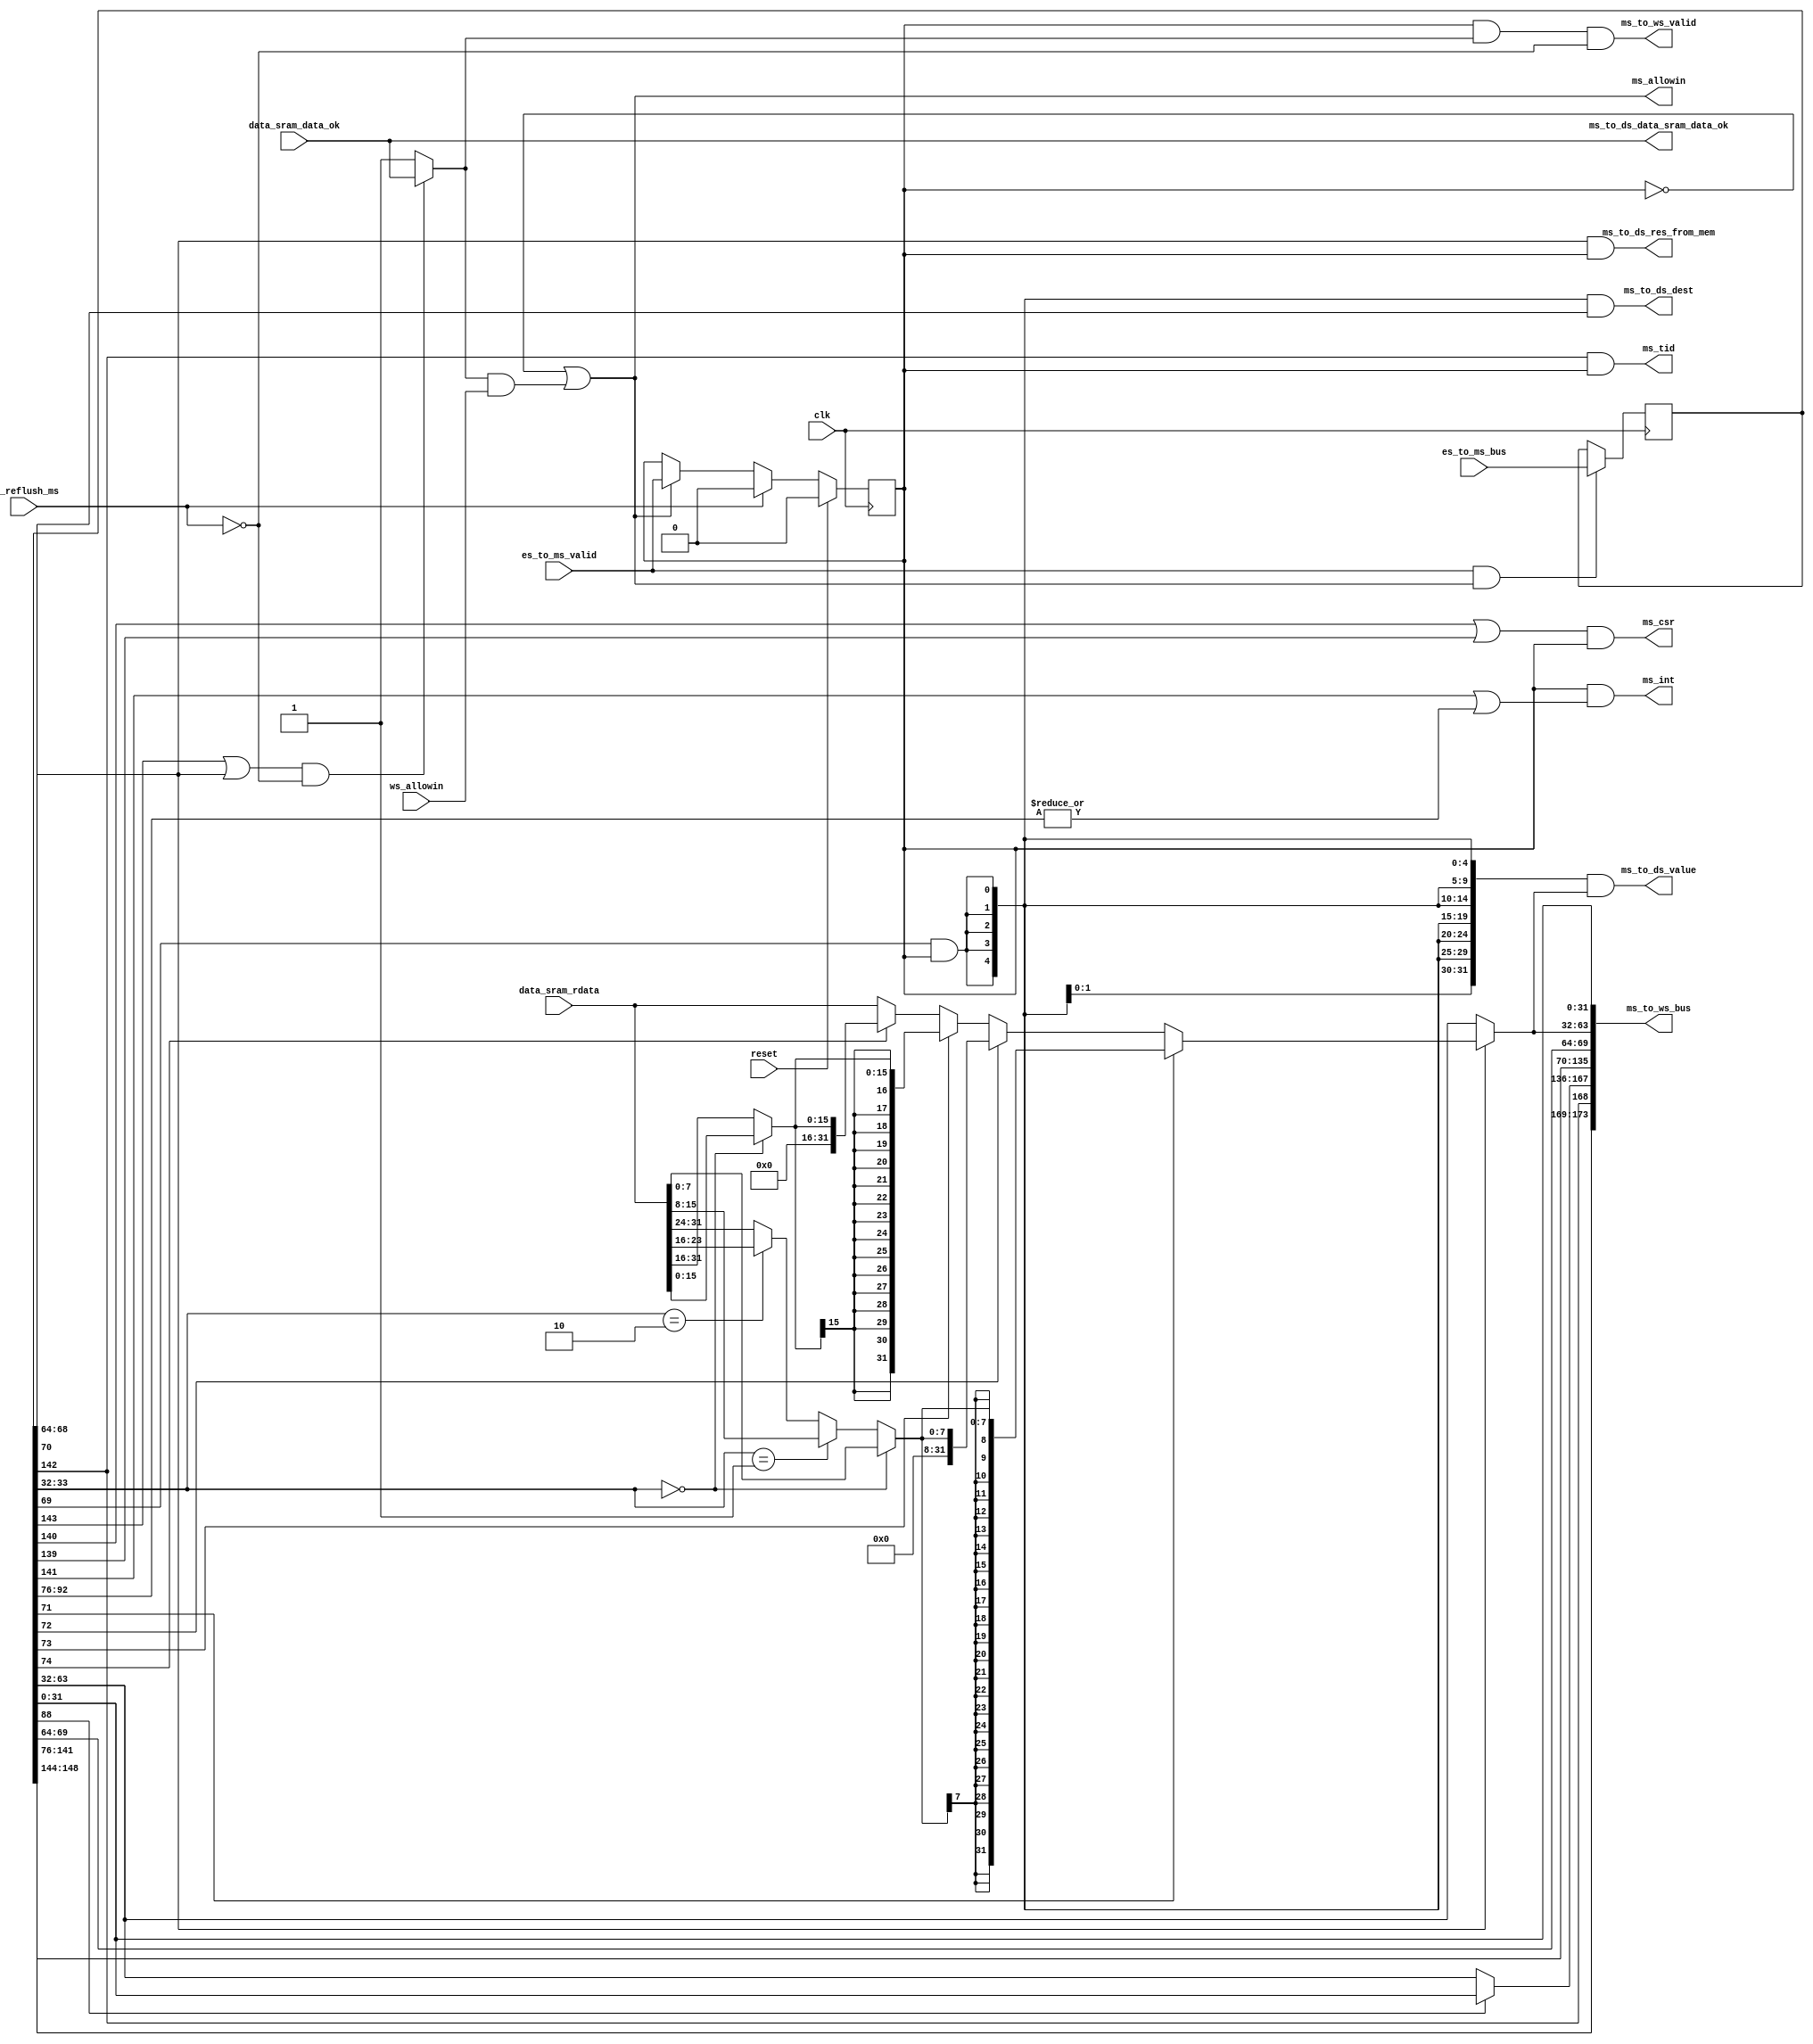
module MEM_stage(
    input         clk           ,
    input         reset         ,
    //allowin
    input         ws_allowin    ,
    output        ms_allowin    ,
    //from es
    input         es_to_ms_valid,
    input [148:0] es_to_ms_bus  ,
    //to ws
    output        ms_to_ws_valid,
    output [173:0]ms_to_ws_bus  ,
    //from data-sram
    input  [31:0] data_sram_rdata,
    input         data_sram_data_ok,
    // to ds:: for data block
    output [ 4:0] ms_to_ds_dest,
    output [31:0] ms_to_ds_value,
    output        ms_to_ds_data_sram_data_ok,
    output        ms_to_ds_res_from_mem,
    // exception
    input         ws_reflush_ms,
    output        ms_int,
    // block
    output        ms_csr,
    output        ms_tid
);

reg         ms_valid;
wire        ms_ready_go;

reg [148:0] es_to_ms_bus_r;
wire [ 4:0] ms_ld_op;
wire        ms_mem_we;
wire        ms_res_from_mem;
wire        ms_gr_we;
wire [ 4:0] ms_dest;
wire [31:0] ms_alu_result;
wire [31:0] ms_pc;
wire [31:0] ms_vaddr;

// exp12 - kernel
wire ms_csr_we;
wire ms_csr_rd;
wire ms_ertn;
wire ms_rdcntid;
wire [31:0] ms_csr_wmask;
wire [13:0] ms_csr_num;
wire [16:0] ms_ex_cause_bus;

assign ms_csr = (ms_csr_we || ms_csr_rd) & ms_valid;
assign ms_tid = ms_rdcntid & ms_valid;
assign ms_int = ms_valid & // valid stage
                ( ms_ertn // ertn happened or
                | (|ms_ex_cause_bus) // there are some exception causes
                );
// !exp19:: 
assign ms_vaddr = ms_ex_cause_bus[12]? ms_pc : ms_alu_result;

// exp18
wire [4:0] tlb_bus;

assign {
    tlb_bus,            //148:144
    ms_mem_we,          //143:143
    ms_rdcntid,         //142:142
    ms_ertn,            //141:141
    ms_csr_we,          //140:140
    ms_csr_rd,          //139:139
    ms_csr_wmask,       //138:107
    ms_csr_num,         //106:93
    ms_ex_cause_bus,    //92:76
    ms_ld_op,         //75:71
    ms_res_from_mem,  //70:70
    ms_gr_we       ,  //69:69
    ms_dest        ,  //68:64
    ms_alu_result  ,  //63:32
    ms_pc             //31:0
    } = es_to_ms_bus_r;

wire [31:0] mem_result;
wire [ 7:0] ld_b_bu_sel;
wire [31:0] ld_b_res;
wire [31:0] ld_bu_res;
wire [15:0] ld_h_hu_sel;
wire [31:0] ld_h_res;
wire [31:0] ld_hu_res;
wire [ 1:0] ld_vaddr;
wire [31:0] ms_final_result;

assign ms_to_ws_bus = {
    tlb_bus,            //173:169
    ms_rdcntid,         //168:168 
    ms_vaddr,           //167:136
    ms_ertn,            //135:135
    ms_csr_we,          //134:134
    ms_csr_rd,          //133:133
    ms_csr_wmask,       //132:101
    ms_csr_num,         //100:87
    ms_ex_cause_bus,    //86:70
    ms_gr_we       ,  //69:69
    ms_dest        ,  //68:64
    ms_final_result,  //63:32
    ms_pc             //31:0
    };

// this inst is to write reg(gr_we) and it's valid!!
assign ms_to_ds_dest  = {5{ms_gr_we && ms_valid}} & ms_dest; 
assign ms_to_ds_value = {32{ms_gr_we && ms_valid}} & ms_final_result;

assign ms_ready_go    = ((ms_mem_we || ms_res_from_mem) & !ws_reflush_ms) ? data_sram_data_ok : 1'b1;
assign ms_allowin     = !ms_valid || ms_ready_go && ws_allowin;
assign ms_to_ws_valid = ms_valid && ms_ready_go && !ws_reflush_ms;
always @(posedge clk) begin
    if (reset) begin
        ms_valid <= 1'b0;
    end
    else if(ws_reflush_ms) begin
        ms_valid <= 1'b0;
    end
    else if (ms_allowin) begin
        ms_valid <= es_to_ms_valid;
    end
end

always @(posedge clk) begin
    if (es_to_ms_valid && ms_allowin) begin
        es_to_ms_bus_r  <= es_to_ms_bus;
    end
end

assign ld_vaddr = ms_alu_result[1:0];
assign ld_b_bu_sel = (ld_vaddr == 2'b00) ? data_sram_rdata[ 7: 0] :
                     (ld_vaddr == 2'b01) ? data_sram_rdata[15: 8] :
                     (ld_vaddr == 2'b10) ? data_sram_rdata[23:16] :
                                           data_sram_rdata[31:24] ;
assign ld_b_res  = {{24{ld_b_bu_sel[7]}}, ld_b_bu_sel};     // sign-extension(signed number)
assign ld_bu_res = {{24{1'b0}}, ld_b_bu_sel};               // zero-extension(unsigned number)
assign ld_h_hu_sel = (ld_vaddr == 2'b00) ? data_sram_rdata[15: 0] :
                                           data_sram_rdata[31:16] ;
assign ld_h_res  = {{16{ld_h_hu_sel[15]}}, ld_h_hu_sel};    // sign-extension(signed number)
assign ld_hu_res = {{16{1'b0}}, ld_h_hu_sel};               // zero-extension(unsigned number)
assign mem_result = (ms_ld_op[0]) ? ld_b_res  :
                    (ms_ld_op[1]) ? ld_bu_res :
                    (ms_ld_op[2]) ? ld_h_res  :
                    (ms_ld_op[3]) ? ld_hu_res :
                                    data_sram_rdata;

assign ms_final_result = ms_res_from_mem ? mem_result
                                         : ms_alu_result;
assign ms_to_ds_data_sram_data_ok = data_sram_data_ok;
assign ms_to_ds_res_from_mem = ms_res_from_mem & ms_valid;

endmodule